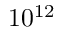
1 0 ^ { 1 2 }